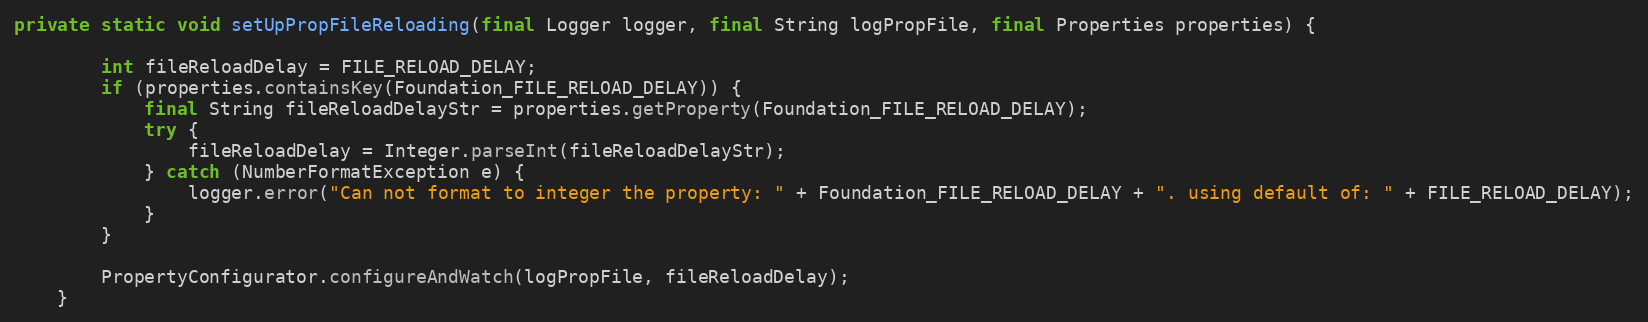
Language: Java
private static void setUpPropFileReloading(final Logger logger, final String logPropFile, final Properties properties) {

		int fileReloadDelay = FILE_RELOAD_DELAY;
		if (properties.containsKey(Foundation_FILE_RELOAD_DELAY)) {
			final String fileReloadDelayStr = properties.getProperty(Foundation_FILE_RELOAD_DELAY);
			try {
				fileReloadDelay = Integer.parseInt(fileReloadDelayStr);
			} catch (NumberFormatException e) {
				logger.error("Can not format to integer the property: " + Foundation_FILE_RELOAD_DELAY + ". using default of: " + FILE_RELOAD_DELAY);
			}
		}

		PropertyConfigurator.configureAndWatch(logPropFile, fileReloadDelay);
	}